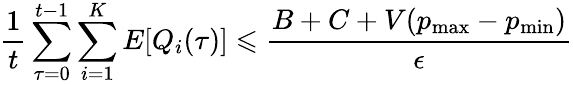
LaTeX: {\frac{1}{t}}\sum_{\tau=0}^{t-1}\sum_{i=1}^{K}E[Q_{i}(\tau)]\leqslant{\frac{B+C+V(p_{\operatorname*{max}}-p_{\operatorname*{min}})}{\epsilon}}